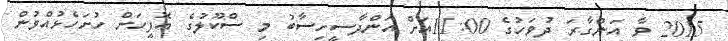
2015 ވާ އަންގާރަ ދުވަހުގެ 11:00އަށް އަންދާސީހިސާބު މި ސްކޫލުގެ އޮފީހަށް ހުށަހެޅުއްވުން